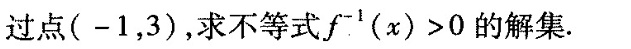
过点(-1，3)，求不等式f^{-1}(x)>0的解集。